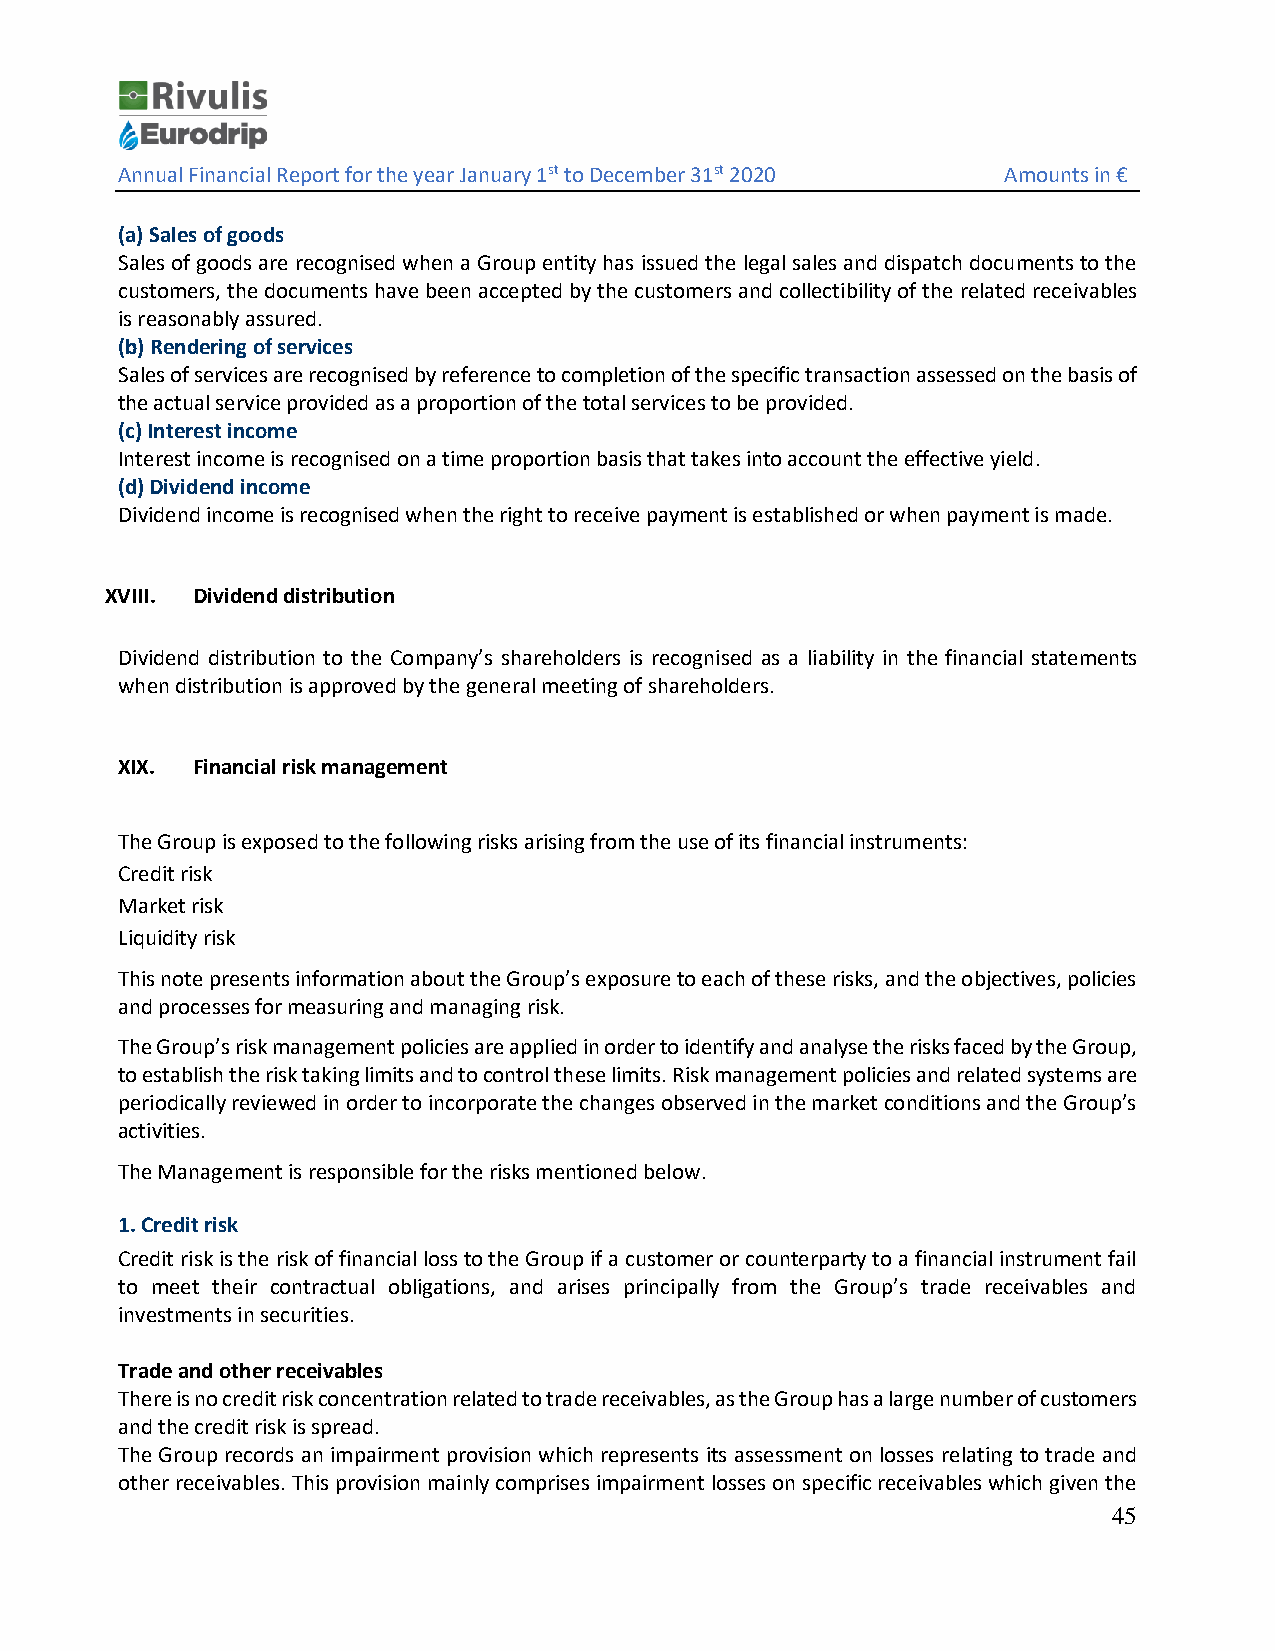
Annual Financial Report for the year January 1st to December 31st 2020 Amounts in €
 (a) Sales of goods
 Sales of goods are recognised when a Group entity has issued the legal sales and dispatch documents to the
 customers, the documents have been accepted by the customers and collectibility of the related receivables
 is reasonably assured.
 (b) Rendering of services
 Sales of services are recognised by reference to completion of the specific transaction assessed on the basis of
 the actual service provided as a proportion of the total services to be provided.
 (c) Interest income
 Interest income is recognised on a time proportion basis that takes into account the effective yield.
 (d) Dividend income
 Dividend income is recognised when the right to receive payment is established or when payment is made.
 XVIII. Dividend distribution
 Dividend distribution to the Company’s shareholders is recognised as a liability in the financial statements
 when distribution is approved by the general meeting of shareholders.
 XIX. Financial risk management
 The Group is exposed to the following risks arising from the use of its financial instruments:
 Credit risk
 Market risk
 Liquidity risk
 This note presents information about the Group’s exposure to each of these risks, and the objectives, policies
 and processes for measuring and managing risk.
 The Group’s risk management policies are applied in order to identify and analyse the risks faced by the Group,
 to establish the risk taking limits and to control these limits. Risk management policies and related systems are
 periodically reviewed in order to incorporate the changes observed in the market conditions and the Group’s
 activities.
 The Management is responsible for the risks mentioned below.
 1. Credit risk
 Credit risk is the risk of financial loss to the Group if a customer or counterparty to a financial instrument fail
 to meet their contractual obligations, and arises principally from the Group’s trade receivables and
 investments in securities.
 Trade and other receivables
 There is no credit risk concentration related to trade receivables, as the Group has a large number of customers
 and the credit risk is spread.
 The Group records an impairment provision which represents its assessment on losses relating to trade and
 other receivables. This provision mainly comprises impairment losses on specific receivables which given the
 45